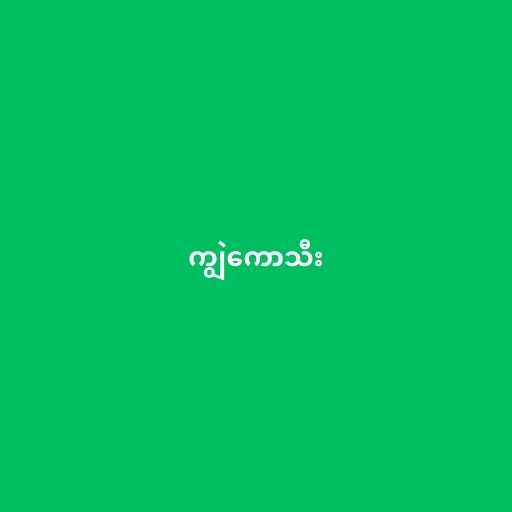
ကျွဲကောသီး